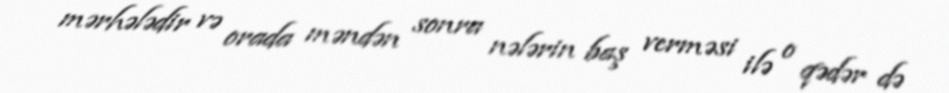
mərhələdir və orada məndən sonra nələrin baş verməsi ilə o qədər də